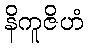
နိကူဇိဟံ